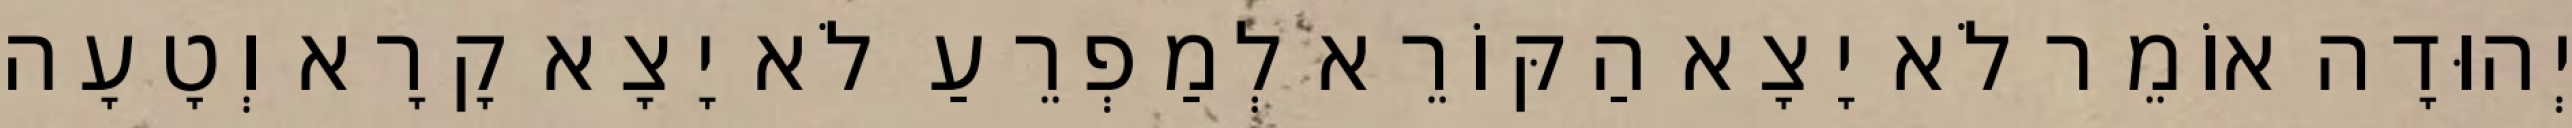
יְהוּדָה אוֹמֵר לֹא יָצָא הַקּוֹרֵא לְמַפְרֵעַ לֹא יָצָא קָרָא וְטָעָה